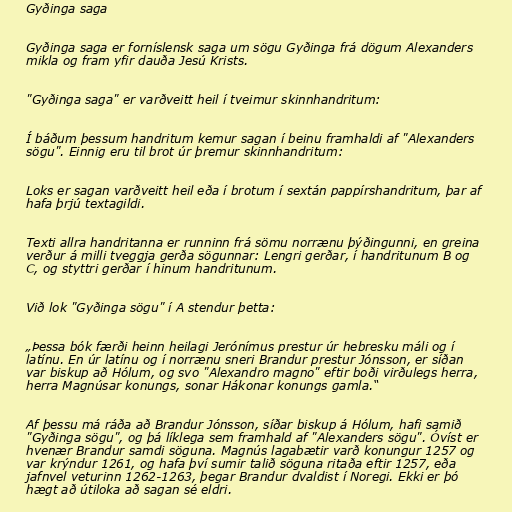
Gyðinga saga

Gyðinga saga er forníslensk saga um sögu Gyðinga frá dögum Alexanders
mikla og fram yfir dauða Jesú Krists.

"Gyðinga saga" er varðveitt heil í tveimur skinnhandritum:

Í báðum þessum handritum kemur sagan í beinu framhaldi af "Alexanders
sögu". Einnig eru til brot úr þremur skinnhandritum:

Loks er sagan varðveitt heil eða í brotum í sextán pappírshandritum, þar af
hafa þrjú textagildi.

Texti allra handritanna er runninn frá sömu norrænu þýðingunni, en greina
verður á milli tveggja gerða sögunnar: Lengri gerðar, í handritunum B og
C, og styttri gerðar í hinum handritunum.

Við lok "Gyðinga sögu" í A stendur þetta:

„Þessa bók færði heinn heilagi Jerónímus prestur úr hebresku máli og í
latínu. En úr latínu og í norrænu sneri Brandur prestur Jónsson, er síðan
var biskup að Hólum, og svo "Alexandro magno" eftir boði virðulegs herra,
herra Magnúsar konungs, sonar Hákonar konungs gamla.“

Af þessu má ráða að Brandur Jónsson, síðar biskup á Hólum, hafi samið
"Gyðinga sögu", og þá líklega sem framhald af "Alexanders sögu". Óvíst er
hvenær Brandur samdi söguna. Magnús lagabætir varð konungur 1257 og
var krýndur 1261, og hafa því sumir talið söguna ritaða eftir 1257, eða
jafnvel veturinn 1262-1263, þegar Brandur dvaldist í Noregi. Ekki er þó
hægt að útiloka að sagan sé eldri.